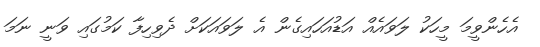
އެހެންވީމަ މީހަކު ލަވައެއް އަޑުއަހައިގެން އެ ލަވައަކަށް ދެވިހިފާ ކަމުގައި ވަނީ ނަމަ